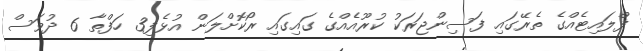
ފްލައިޓެއްގެ ތެރޭގައި ފަސިންޖަރަކު ކުރޫއެއްގެ ގައިގައި ރޯކޮށްލަން އުޅެފި3 ހަފްތާ 6 ދުވަސް